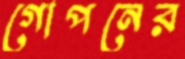
গোপনের